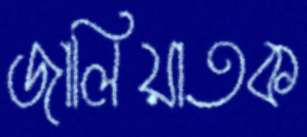
জালিয়াতক